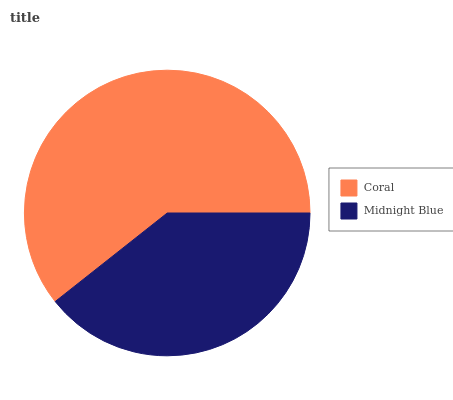
| Coral | Midnight Blue |
 | --- | --- |
 | 60.7% | 39.3% |